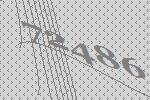
72486